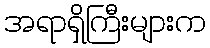
အရာရှိကြီးများက